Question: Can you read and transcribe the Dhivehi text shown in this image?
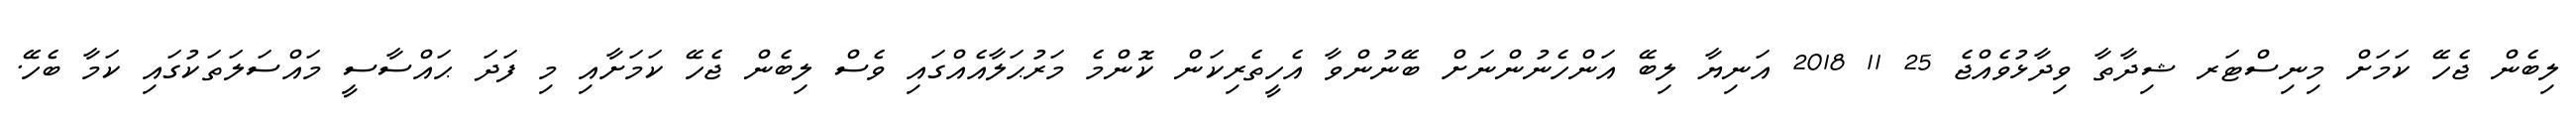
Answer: ލިބެން ޖެހޭ ކަމަށް މިނިސްޓަރ ޝިދާތާ ވިދާޅުވެއްޖެ 25 11 2018 އަނިޔާ ލިބޭ އަންހެނުންނަށް ބޭނުންވާ އެހީތެރިކަން ކޮންމެ މަރުޙަލާއެއްގައި ވެސް ލިބެން ޖެހޭ ކަމަށާއި މި ފަދަ ޙައްސާސީ މައްސަލަތަކުގައި ކަމާ ބެހޭ.